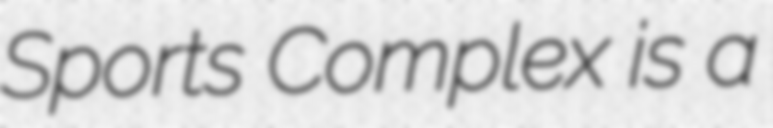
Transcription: Sports Complex is a